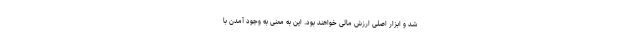
شد و ابزار اصلی ارزش مالی خواهند بود. این به معنی به وجود آمدن با